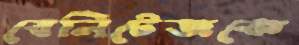
বেনিটেজকে